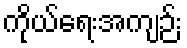
ကိုယ်ရေးအကျဉ်း